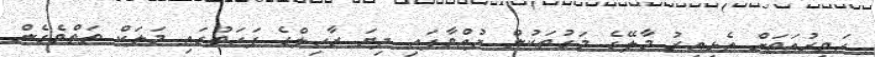
ހަވީރުއަތަށް އެޅިއިރު މާލޭގެ މަގުތަކުން ދުއްވާފައި ދިޔަ ރާހިލްގެ ފަހަތުގައި މަލަކް ތަތްވެގެން